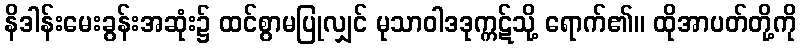
နိဒါန်းမေးခွန်းအဆုံး၌ ထင်စွာမပြုလျှင် မုသာဝါဒဒုက္ကဋ်သို့ ရောက်၏။ ထိုအာပတ်တို့ကို